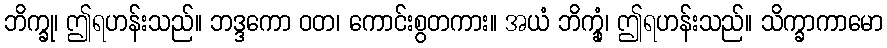
ဘိက္ခု၊ ဤရဟန်းသည်။ ဘဒ္ဒကော ဝတ၊ ကောင်းစွတကား။ အယံ ဘိက္ခုံ၊ ဤရဟန်းသည်။ သိက္ခာကာမော